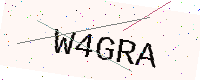
Text: W4GRA